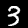
Digit: 3